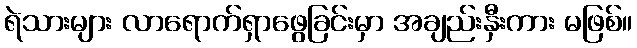
ရဲသားများ လာရောက်ရှာဖွေခြင်းမှာ အချည်းနှီးကား မဖြစ်။